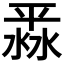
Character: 𣸞